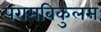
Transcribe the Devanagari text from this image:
परामबिकुलम